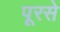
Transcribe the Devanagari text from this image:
पूरसे